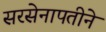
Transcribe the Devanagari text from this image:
सरसेनापतीने